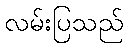
လမ်းပြသည်